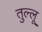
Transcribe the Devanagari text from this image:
तुल्लू